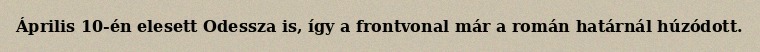
Április 10-én elesett Odessza is, így a frontvonal már a román határnál húzódott.